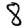
Digit: 8